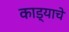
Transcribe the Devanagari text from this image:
काड्याचे